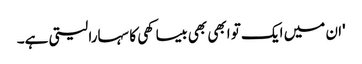
'ان میں ایک تو ابھی بھی بیساکھی کا سہارا لیتی ہے۔